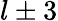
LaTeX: l\pm 3